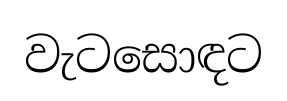
වැටසොඳට